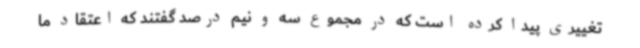
تغییری پیدا کرده است که در مجموع سه و نیم درصد گفتند که اعتقاد ما